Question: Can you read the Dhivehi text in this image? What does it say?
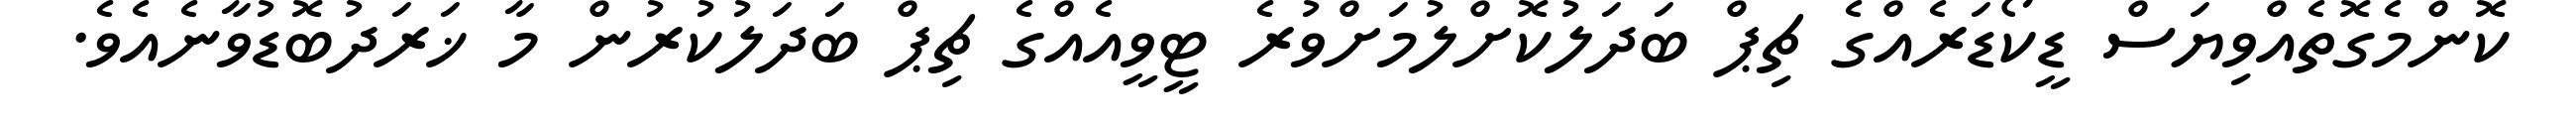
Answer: ކޮންމެގޮތެއްވިޔަސް ޑީކޯޑަރެއްގެ ޗިޕް ބަދަލުކޮށްލުމަށްވުރެ ޓީވީއެއްގެ ޗިޕް ބަދަލުކުރުން މާ ޚަރަދުބޮޑުވާނެއެވެ.